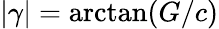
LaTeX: \vert\gamma\vert=\mathrm{arctan}(G/c)